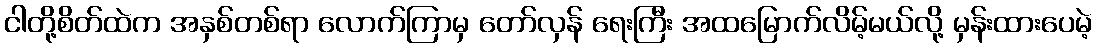
ငါတို့စိတ်ထဲက အနှစ်တစ်ရာ လောက်ကြာမှ တော်လှန် ရေးကြီး အထမြောက်လိမ့်မယ်လို့ မှန်းထားပေမဲ့